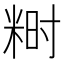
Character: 𬖞